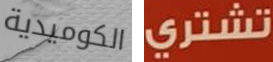
الكوميدية تشتري